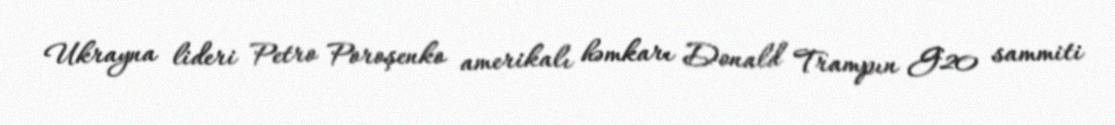
Ukrayna lideri Petro Poroşenko amerikalı həmkarı Donald Trampın G20 sammiti